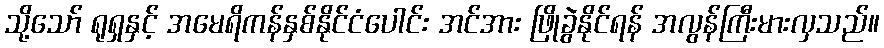
သို့သော် ရုရှနှင့် အမေရိကန်နှစ်နိုင်ငံပေါင်း အင်အား ဖြိုခွဲနိုင်ရန် အလွန်ကြီးမားလှသည်။